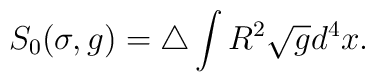
S_{0}(\sigma,g) = \triangle\int R^2\sqrt{g}d^4x .